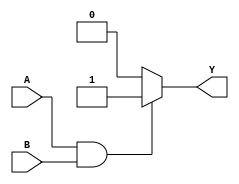
module And (Y, A, B);
input A, B;
output reg Y;

always@(A or B) begin
	if (A == 1'b1 & B == 1'b1) begin
		Y = 1'b1;
	end
	else
		Y = 1'b0;
end
endmodule